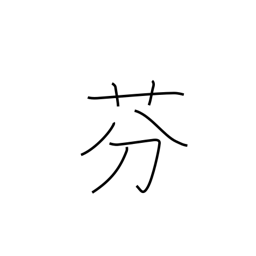
Meaning: perfume